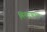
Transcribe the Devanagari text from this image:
मिनार्‍याच्या